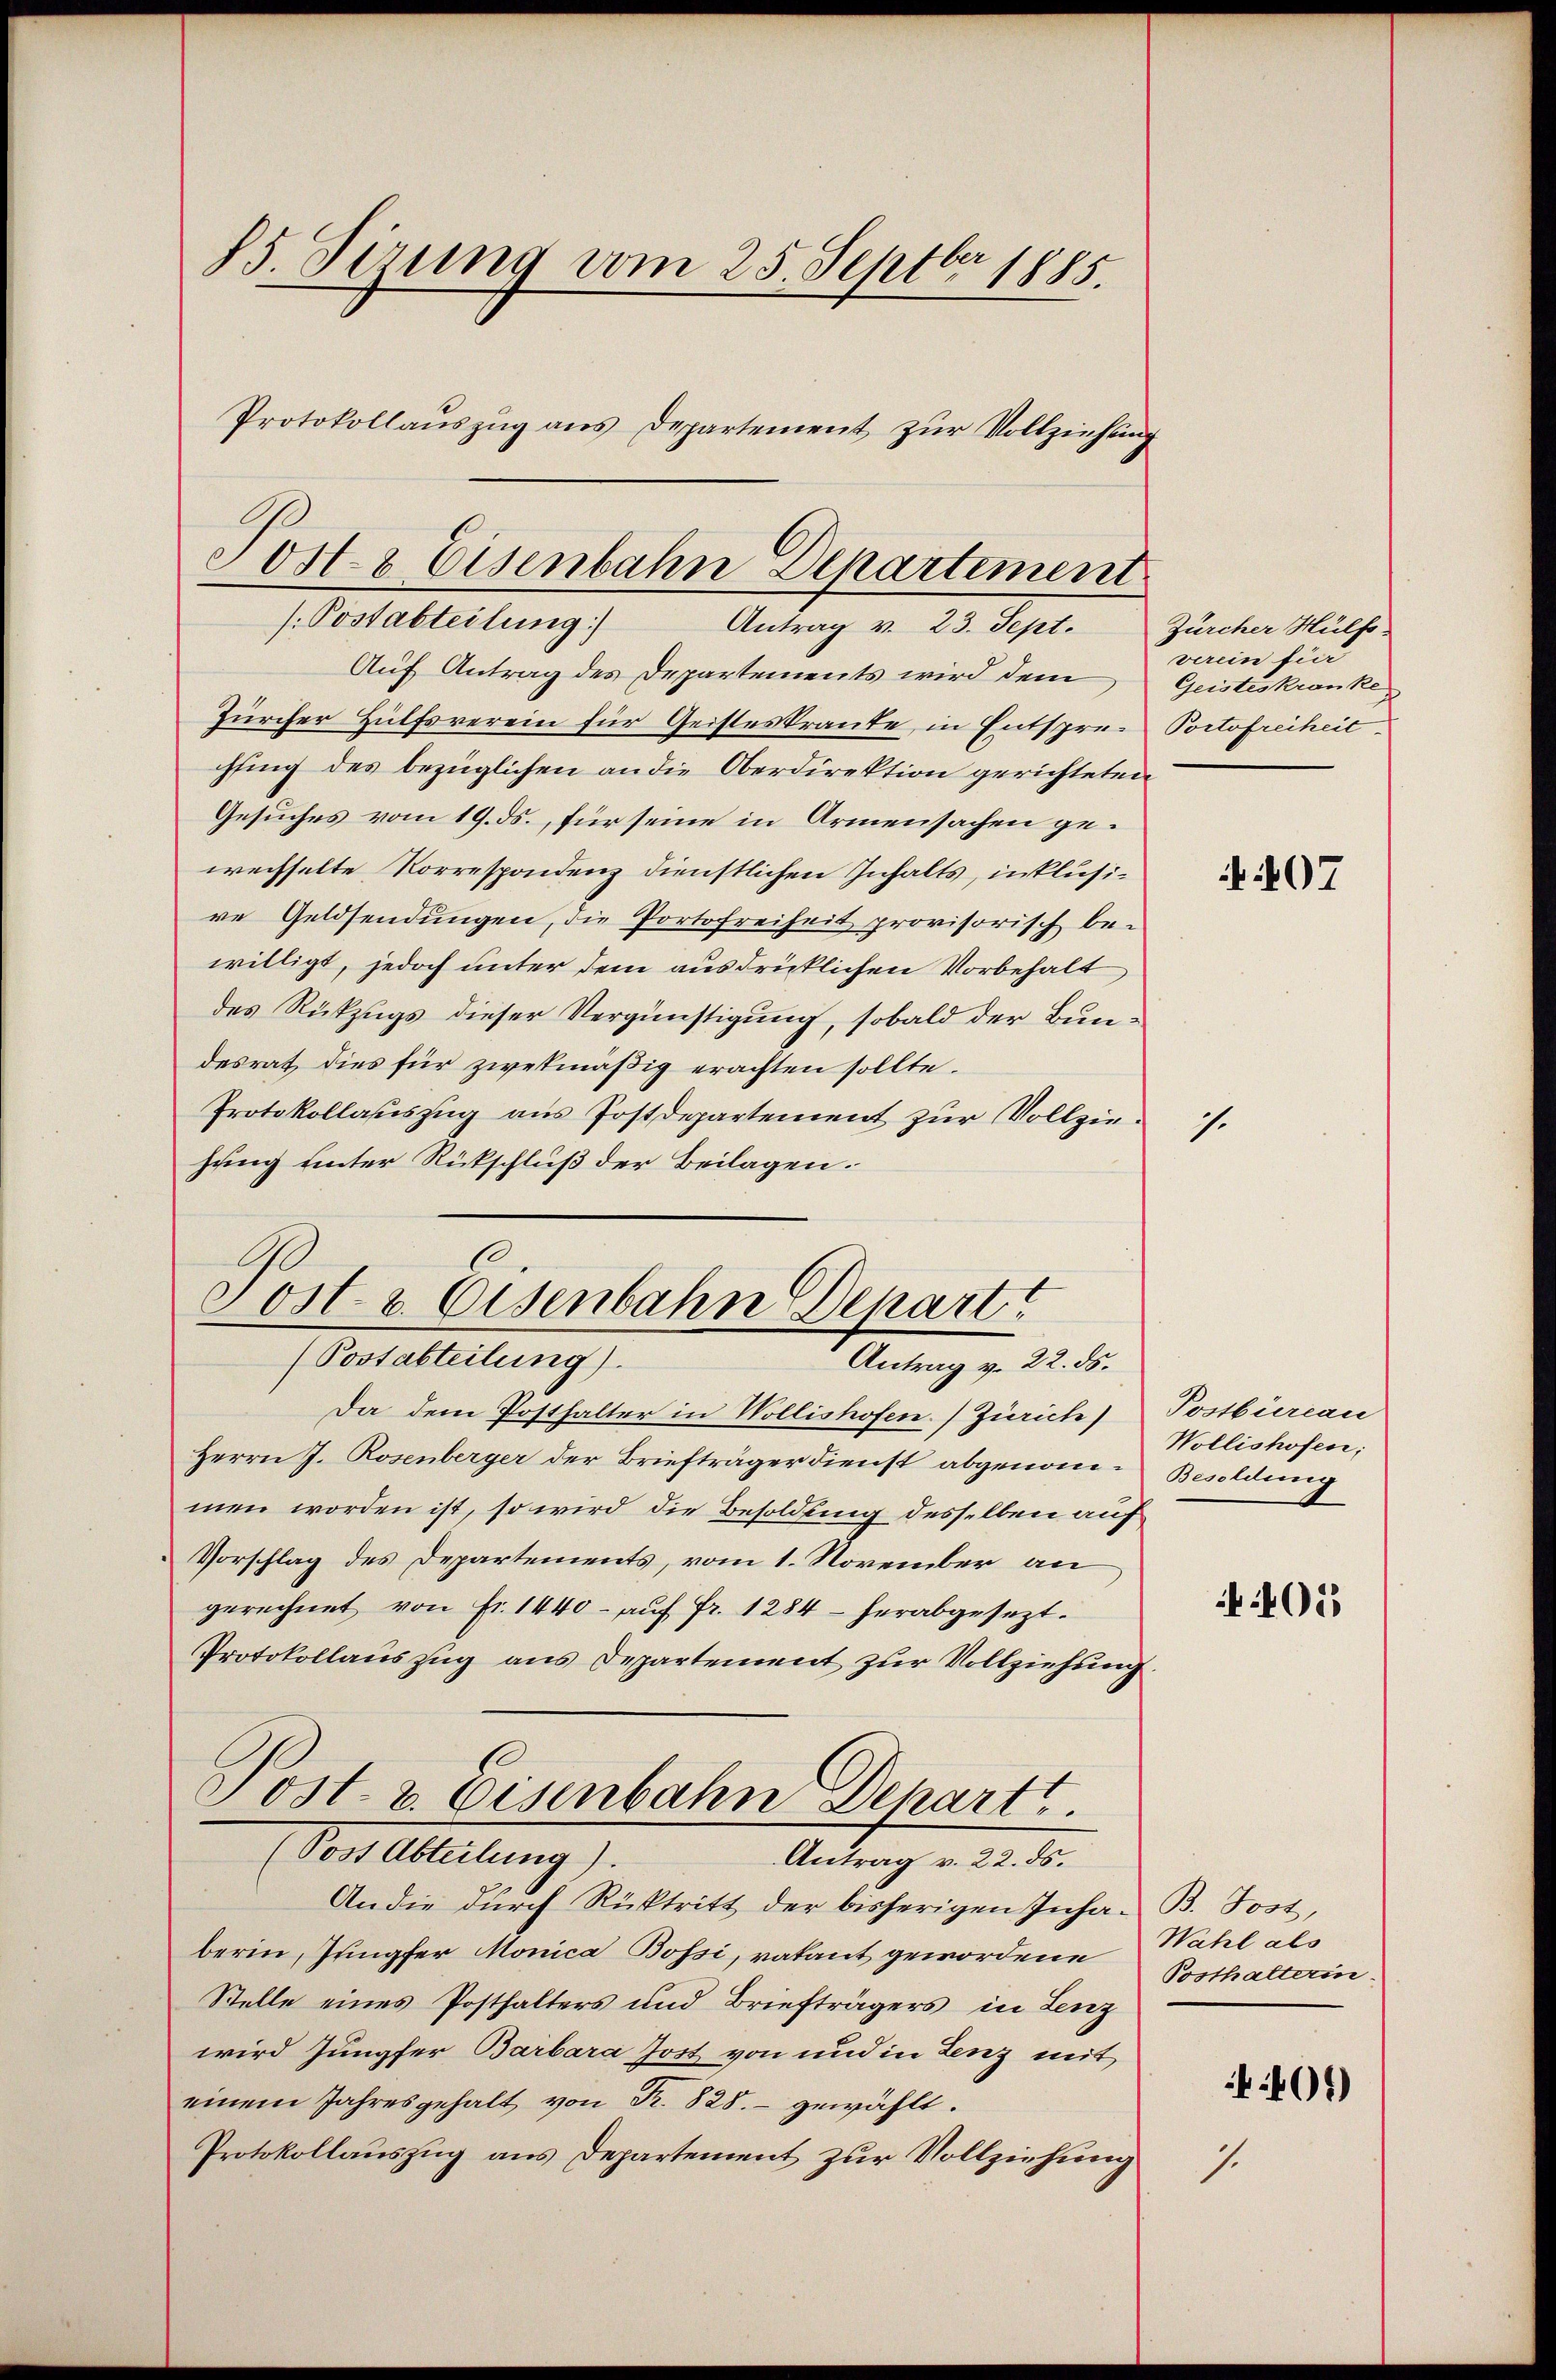
85 Sirung vom 25. Septbr 1885.

Protokollauszug aus Departement zur Vollziehung
Post & Eisenbahn Departement
/ Postabteilung
Antrag v. 23. Sept.

h
Sost- & Eisenbahn Depart
(Postabteilung).
Antrag v. 22. ds.

Auf Antrag des Departements wird dem
Zürcher Hülfsverein für Geisteskrante, in Entspre-Portofreiheit
chfing des bezüglichen an die Oberdirektion gerichteten
Gesuches vom 19. ds., für seine in Armensachen gewechselte Korrespondenz dienstlichen Inhalts, inklusire Geldsendungen, die Portofreiheit provisorisch be-
willigt, jedoch unter dem ausdrücklichen Vorbehalt
des Rückzugs dieser Vergünstigung, sobald der Bundesrat dies für zwekmäßig erachten sollte.
Protokollauszug aus Postdepartement zur Vollziehung unter Rückschluß der Beilagen.
Da dem Posthalter in Wollishofen. Zürich)
Herrn J. Rosenberger der Briefträger dienst abgenommen worden ist, so wird die Besoldung desselben auf
Vorschlag des Departements, vom 1. November an
gerechnet von Fr. 1440 - auf Fr. 1284 - herabgesezt.
Protokollauszug aus Departement zur Vollziehung.
Post- u. Eisenbahn Dehart.
Vor Abteilung).
Antrag v. 22. ds.
Andie durch Rücktritt der bisherigen Inha- B. Jost,
berin, Jungfer Monica Bossi, vakant gewordene
Stelle eines Posthalters und Briefträgers in Lenz
wird Jungfer Barbara Jost von und in Lenz mit
einem Jahresgehalt von Fr. 828.- gewählt.
Protokollauszug aus Departement zur Vollziehung

Zürcher Hülfs-
verein für
Geisteskranke

7.

407

Postbüreau
Wollishofen;
Besoldung

405

Wahl als
Posthalterin.

7.

401)